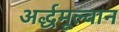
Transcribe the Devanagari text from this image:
अर्द्धमूल्वान